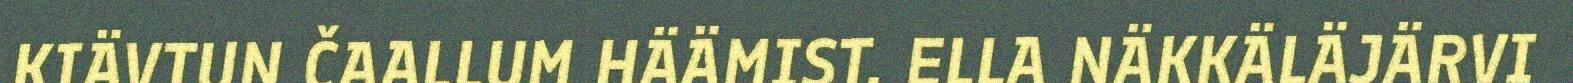
KIÄVTUN ČAALLUM HÄÄMIST. ELLA NÄKKÄLÄJÄRVI